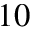
1 0